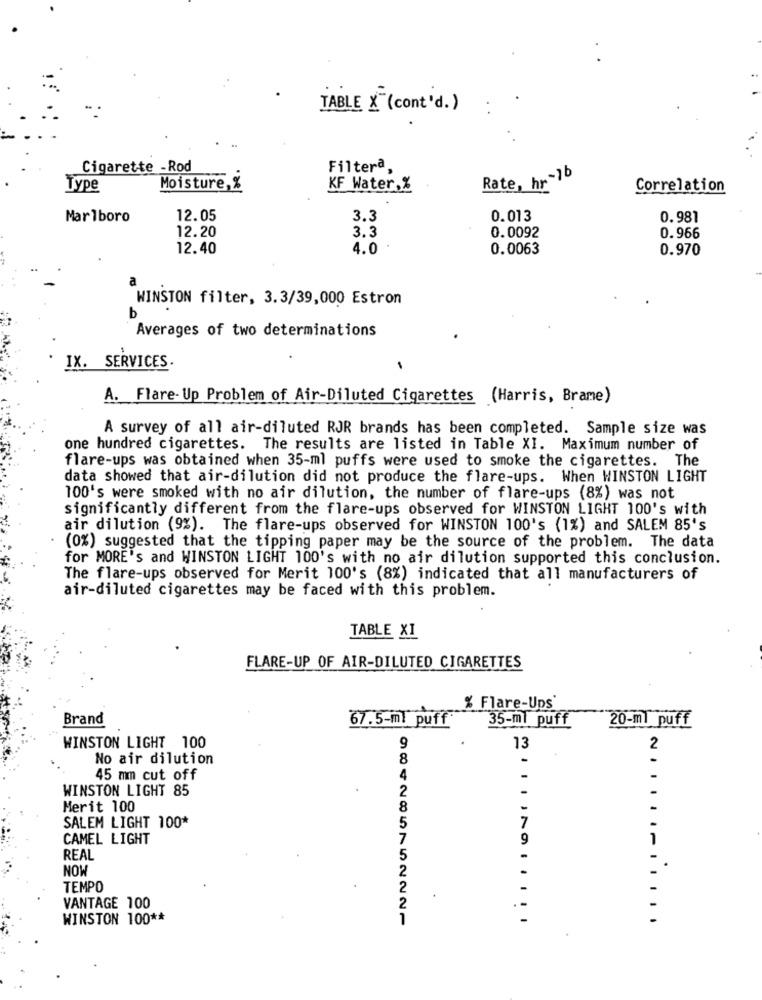
TABLE X (cont'd.)
Cigarette - Rod
Filtera,
Rate, hr-1b
Type
Moisture,%
KF Water,%
Correlation
Marlboro
12.05
3.3
0.013
0.981
12.20
3.3
0.0092
0.966
12.40
4.0
0.0063
0.970
a
WINSTON filter, 3.3/39,000 Estron
b
Averages of two determinations
IX. SERVICES.
A. Flare- Up Problem of Air-Diluted Cigarettes (Harris, Brame)
A survey of all air-diluted RJR brands has been completed. Sample size was
one hundred cigarettes. The results are listed in Table XI. Maximum number of
flare-ups was obtained when 35-ml puffs were used to smoke the cigarettes. The
data showed that air-dilution did not produce the flare-ups. When WINSTON LIGHT
100's were smoked with no air dilution, the number of flare-ups (8%) was not
significantly different from the flare-ups observed for WINSTON LIGHT 100's with
air dilution (9%). The flare-ups observed for WINSTON 100's (1%) and SALEM 85's
(0%) suggested that the tipping paper may be the source of the problem. The data
for MORE's and WINSTON LIGHT 100's with no air dilution supported this conclusion.
The flare-ups observed for Merit 100's (8%) indicated that all manufacturers of
air-diluted cigarettes may be faced with this problem.
TABLE XI
FLARE-UP OF AIR-DILUTED CIGARETTES
% Flare-Ups
Brand
67.5-ml puff
35-mi puff
20-ml puff
WINSTON LIGHT 100
9
13
2
No air dilution
8
45 mm cut off
4
WINSTON LIGHT 85
2
Merit 100
SALEM LIGHT 100*
7
CAMEL LIGHT
9
REAL
NOW
TEMPO
VANTAGE 100
WINSTON 100 **
984285752221
..